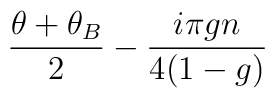
\frac{\theta + \theta_B }{2} - \frac{i\pi g n}{4(1-g)}